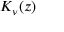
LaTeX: \textstyle K _ { \nu } ( z )